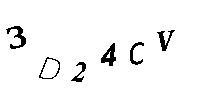
3D24CV